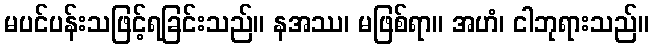
မပင်ပန်းသဖြင့်ရခြင်းသည်။ နအဿ၊ မဖြစ်ရာ။ အဟံ၊ ငါဘုရားသည်။